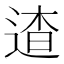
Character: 𨓳